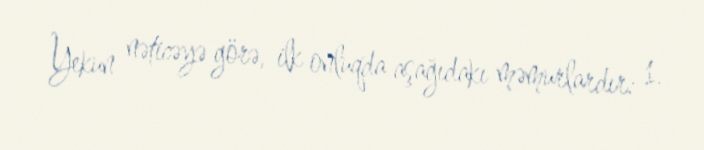
Yekun nəticəyə görə, ilk onluqda aşağıdakı məmurlardır: 1.